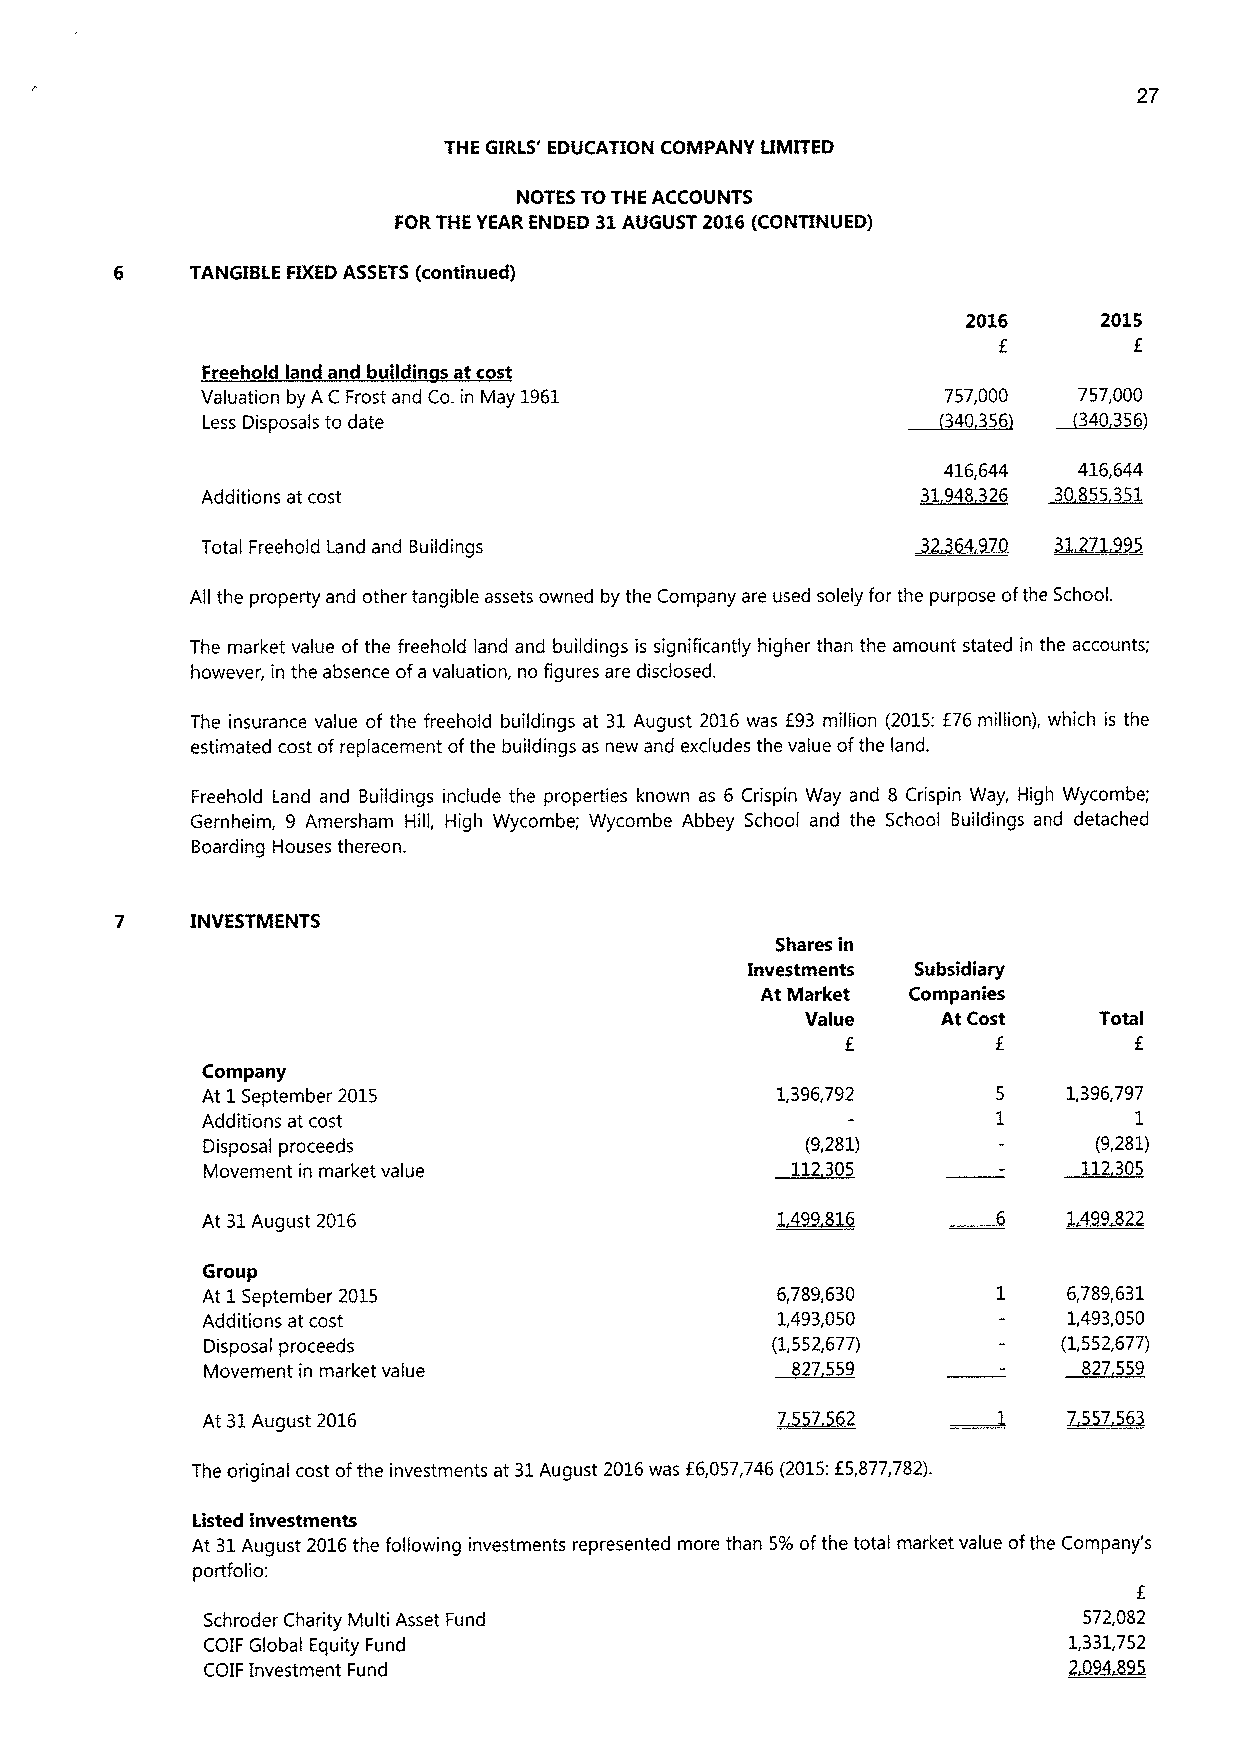
27
 THE GIRLS' EDUCATION COMPANY LIMITED
 NOTES TOTHE ACCOUNTS
 FORTHE YEAR ENDED 31AUGUST 2016(CONTINUED)
 6    TANGISLE FIXEDASSETS (continued)
 2016     2015
 f        f
 Freehold land and buildin sat cost
 Valuation by AC Frost and Co.in May 1961         757,000  757,000
 Less Disposals to date                         ~340 356  ~340356
 416,644  416,644
 Additions at cost                               31948326 30855 351
 Total Freehold Land and Buildings
 All the property and other tangible assets owned by the Company are used solely for the purpose ofthe School.
 The market value ofthe freehold land and buildings is significantly higher than the amount stated in the accounts;
 however, in the absence ofa valuation, no figures are disclosed.
 The insurance value of the freehold buildings at 31August 2016 was f93 million (2015:f76 million), which is the
 estimated cost ofreplacement ofthe buildings as new and excludes the value ofthe land.
 Freehold Land and Buildings include the properties known as 6 Crispin Way and 8 Crispin Way, High Wycombe;
 Gernheim, 9 Amersham Hill, High Wycombe; Wycombe Abbey School and the School Buildings and detached
 Boarding Houses thereon.
 7    INVESTMENTS
 Shares in
 Investments Subsidiary
 At Market Companies
 Value    At Cost    Total
 f
 Company
 At 1September 2015                    1,396,792           1,396,797
 Additions at cost                                             1
 Disposal proceeds                       (9,281)            (9,281)
 Movement in market value               112305              112305
 At 31August 2016
 Group
 At 1September 2015                    6,789,630           6,789,631
 Additions at cost                     1,493,050           1,493,050
 Disposal proceeds                     (1,552,677)        (1,552,677)
 Movement in market value               827559              827559
 At 31August 2016
 The original cost ofthe investments at 31August 2016was f6057746 (2015:f 5,877782).
 Listed investments
 At 31August 2016the following investments represented more than 5%ofthe total market value ofthe Company's
 portfolio:
 f
 Schroder Charity Multi Asset Fund                         572,082
 COIF Global Equity Fund                                   21,3 ~31 9,75 52
 COIF Investment Fund